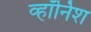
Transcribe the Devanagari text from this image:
व्हॉर्निश